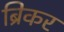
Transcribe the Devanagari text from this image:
ब्रिकर